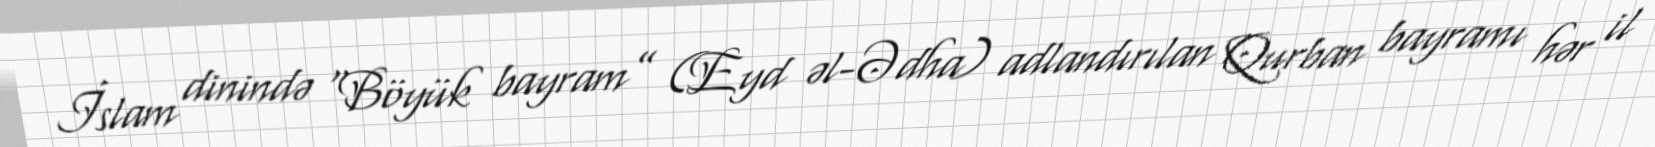
İslam dinində “Böyük bayram” (Eyd əl-Ədha) adlandırılan Qurban bayramı hər il